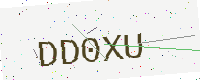
Text: DD0XU